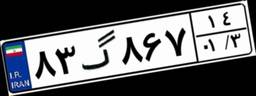
۳۵گ۰۵۴۳۷